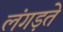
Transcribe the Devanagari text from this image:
लंगड़ते